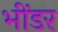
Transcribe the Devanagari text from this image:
भींडर